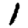
Digit: 1